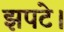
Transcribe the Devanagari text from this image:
झपटे।